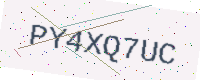
Text: PY4XQ7UC